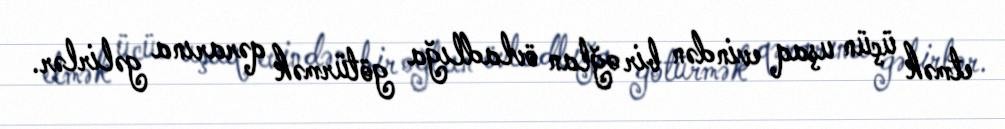
etmək üçün uşaq evindən bir oğlan övladlığa götürmək qərarına gəlirlər.